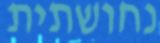
נחושתית